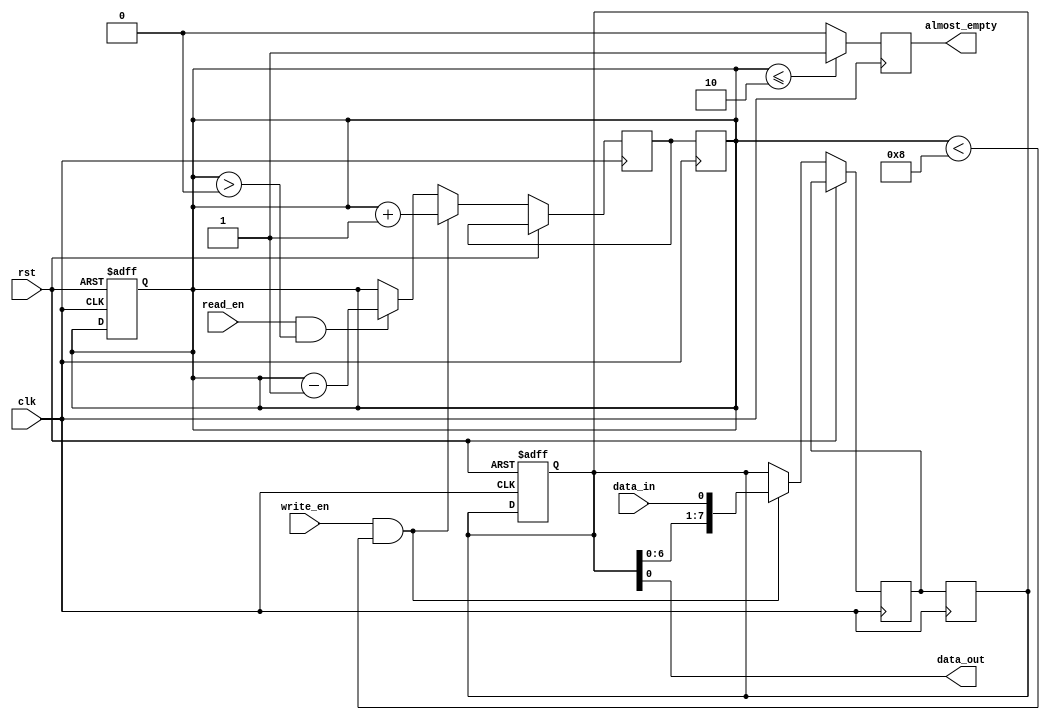
module fifo_buffer (
    input clk,
    input rst,
    input read_en,
    input write_en,
    input data_in,
    output reg data_out,
    output reg almost_empty
);

parameter BUFFER_SIZE = 8;
reg [BUFFER_SIZE-1:0] fifo_data;
reg [BUFFER_SIZE-1:0] next_fifo_data;
reg [BUFFER_SIZE-1:0] fifo_count;
reg [BUFFER_SIZE-1:0] next_fifo_count;

always @(posedge clk or posedge rst) begin
    if (rst) begin
        fifo_data <= 0;
        fifo_count <= 0;
    end else begin
        if (write_en && (fifo_count < BUFFER_SIZE)) begin
            next_fifo_data = {fifo_data[(BUFFER_SIZE-2):0], data_in};
            next_fifo_count = fifo_count + 1;
        end else if (read_en && (fifo_count > 0)) begin
            next_fifo_data = fifo_data;
            next_fifo_count = fifo_count - 1;
        end else begin
            next_fifo_data = fifo_data;
            next_fifo_count = fifo_count;
        end
    end
end

always @(posedge clk) begin
    fifo_data <= next_fifo_data;
    fifo_count <= next_fifo_count;
    
    if (fifo_count <= 2) begin
        almost_empty <= 1;
    end else begin
        almost_empty <= 0;
    end
end

assign data_out = fifo_data[0];

endmodule